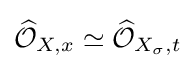
{\widehat {\mathcal {O}}}_{X,x}\simeq {\widehat {\mathcal {O}}}_{X_{\sigma },t}